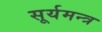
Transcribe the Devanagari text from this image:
सूर्यमन्त्र